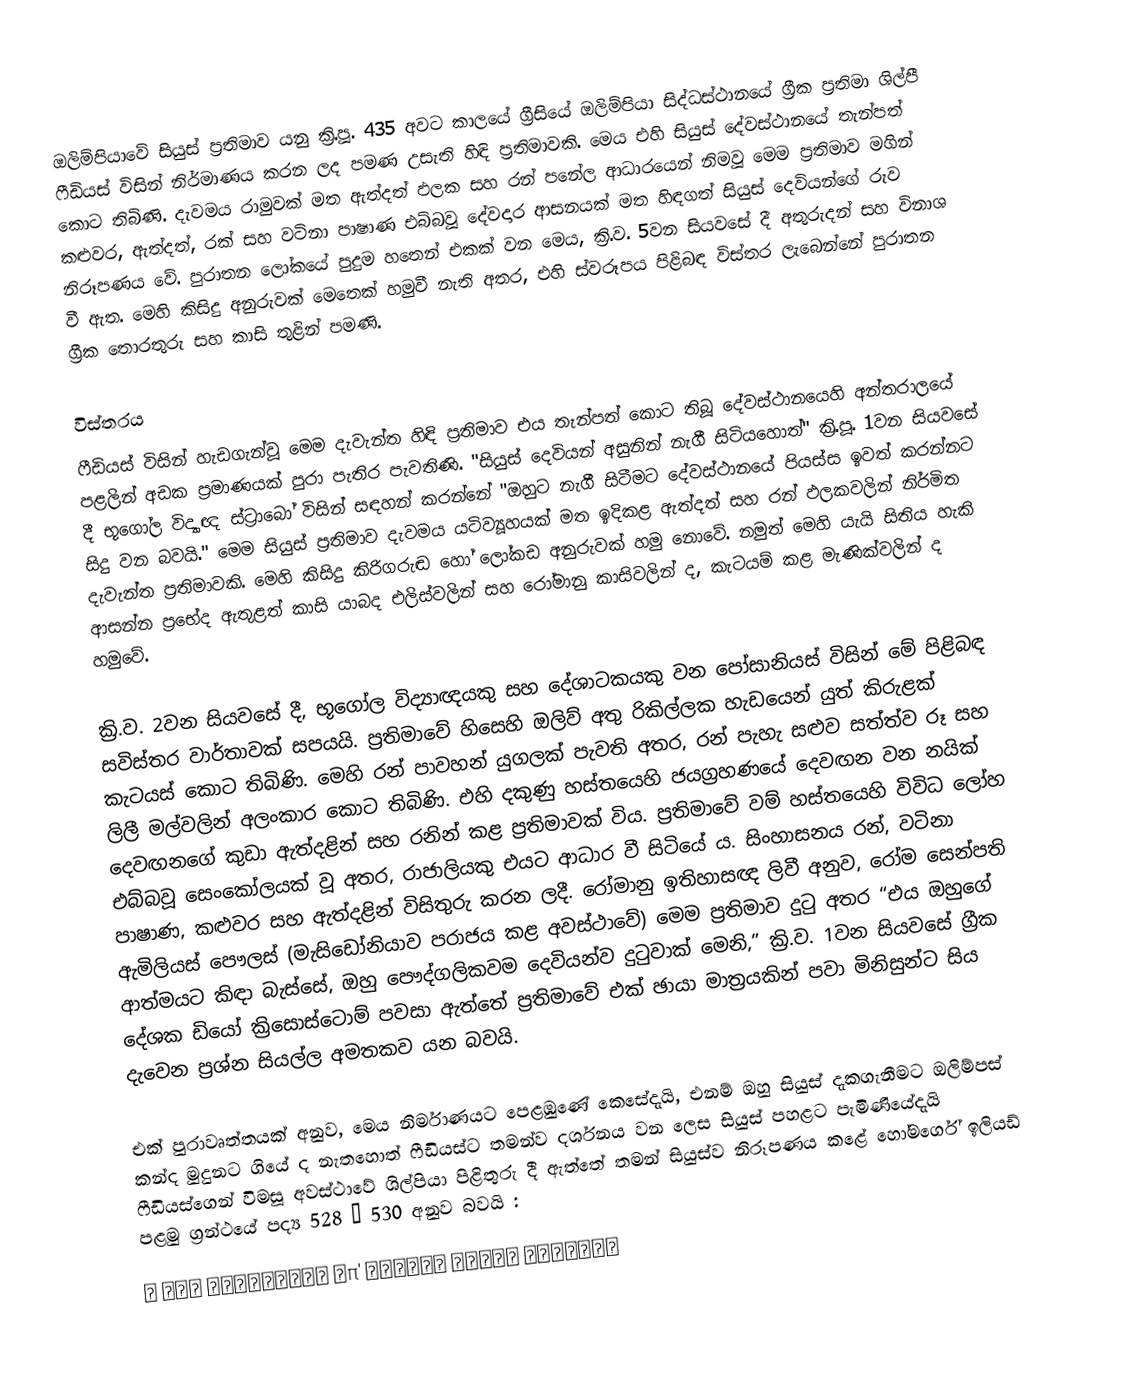
ඔලිම්පියාවේ සියුස් ප්‍රතිමාව යනු ක්‍රි.පූ. 435 අවට කාලයේ ග්‍රීසියේ ඔලිම්පියා සිද්ධස්ථානයේ ග්‍රීක ප්‍රතිමා ශිල්පී ෆීඩියස් විසින් නිර්මාණය කරන ලද  පමණ උසැති හිඳි ප්‍රතිමාවකි. මෙය එහි සියුස් දේවස්ථානයේ තැන්පත් කොට තිබිණි. දැවමය රාමුවක් මත ඇත්දත් ඵලක සහ රන් පනේල ආධාරයෙන් නිමවූ මෙම ප්‍රතිමාව මගින් කළුවර, ඇත්දත්, රක් සහ වටිනා පාෂාණ එබ්බවූ දේවදාර ආසනයක් මත හිඳගත් සියුස් දෙවියන්ගේ රුව නිරූපණය වේ. පුරාතන ‍ලෝකයේ පුදුම හතෙන් එකක් වන මෙය, ක්‍රි.ව. 5වන සියවසේ දී අතුරුදන් සහ විනාශ වී ඇත. මෙහි කිසිදු අනුරුවක් මෙතෙක් හමුවී නැති අතර, එහි ස්වරූපය පිළිබඳ විස්තර ලැබෙන්නේ පුරාතන ග්‍රීක තොරතුරු සහ කාසි තුළින් පමණි.

විස්තරය
ෆීඩියස් විසින් හැඩගැන්වූ මෙම දැවැන්ත හිඳි ප්‍රතිමාව එය තැන්පත් කොට තිබූ දේවස්ථානයෙහි අන්තරාලයේ පළලින් අඩක ප්‍රමාණයක් පුරා පැතිර පැවතිණි. "සියුස් දෙවියන් අසුනින් නැගී සිටියහොත්" ක්‍රි.පූ. 1වන සියවසේ දී භූගෝල විද්‍යාඥ ස්ට්‍රාබෝ විසින් සඳහන් කරන්නේ "ඔහුට නැගී සිටීමට දේවස්ථානයේ පියස්ස ඉවත් කරන්නට සිදු වන බවයි." මෙම සියුස් ප්‍රතිමාව දැවමය යටිව්‍යූහයක් මත ඉදිකළ ඇත්දත් සහ රන් ඵලකවලින් නිර්මිත දැවැන්ත ප්‍රතිමාවකි. මෙහි කිසිදු කිරිගරුඬ හෝ ලෝකඩ අනුරුවක් හමු නොවේ. නමුත් මෙහි යැයි සිතිය හැකි ආසන්න ප්‍රභේද ඇතුළත් කාසි යාබද එලිස්වලින් සහ රෝමානු කාසිවලින් ද, කැටයම් කළ මැණික්වලින් ද හමුවේ.

ක්‍රි.ව. 2වන සියවසේ දී, භූගෝල විද්‍යාඥයකු සහ දේශාටකයකු වන පෝසානියස් විසින් මේ පිළිබඳ සවිස්තර වාර්තාවක් සපයයි. ප්‍රතිමාවේ හිසෙහි ඔලිව් අතු රිකිල්ලක හැඩයෙන් යුත් කිරුළක් කැටයස් කොට තිබිණි. මෙහි රන් පාවහන් යුගලක් පැවති අතර, රන් පැහැ සළුව සත්ත්ව රූ සහ ලිලී මල්වලින් අලංකාර කොට තිබිණි. එහි දකුණු හස්තයෙහි ජයග්‍රහණයේ දෙවඟන වන නයික් දෙවඟනගේ කුඩා ඇත්දළින් සහ රනින් කළ ප්‍රතිමාවක් විය. ප්‍රතිමාවේ වම් හස්තයෙහි විවිධ ලෝහ එබ්බවූ සෙංකෝලයක් වූ අතර, රාජාලියකු එයට ආධාර වී සිටියේ ය. සිංහාසනය රන්, වටිනා පාෂාණ, කළුවර සහ ඇත්දළින් විසිතුරු කරන ලදී. රෝමානු ඉතිහාසඥ ලිවී අනුව, රෝම සෙන්පති ඇමිලියස් පෞලස් (මැසිඩෝනියාව පරාජය කළ අවස්ථාවේ) මෙම ප්‍රතිමාව දුටු අතර “එය ඔහුගේ ආත්මයට කිඳා බැස්සේ, ඔහු පෞද්ගලිකවම දෙවියන්ව දුටුවාක් මෙනි,” ක්‍රි.ව. 1වන සියවසේ ග්‍රීක දේශක ඩියෝ ක්‍රිසොස්ටොම් පවසා ඇත්තේ ප්‍රතිමාවේ එක් ඡායා මාත්‍රයකින් පවා මිනිසුන්ට සිය දැවෙන ප්‍රශ්න සියල්ල අමතකව යන බවයි.

එක් පුරාවෘත්තයක් අනුව, මෙය නිර්මාණයට පෙළඹුණේ කෙසේදැයි, එනම් ඔහු සියුස් දැකගැනීමට ඔලිම්පස් කන්ද මුදුනට ගියේ ද නැතහොත් ෆීඩියස්ට තමන්ව දර්ශනය වන ලෙස සියුස් පහළට පැමිණියේදැයි ෆීඩියස්ගෙන් විමසූ අවස්ථාවේ ශිල්පියා පිළිතුරු දී ඇත්තේ තමන් සියුස්ව නිරූපණය කළේ හෝමර්ගේ ඉලියඩ් පළමු ග්‍රන්ථයේ පද්‍ය 528 – 530 අනුව බවයි :
 ἦ καὶ κυανέῃσιν ἐπ' ὀφρύσι νεῦσε Κρονίων